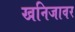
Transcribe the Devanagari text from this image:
खनिजावर